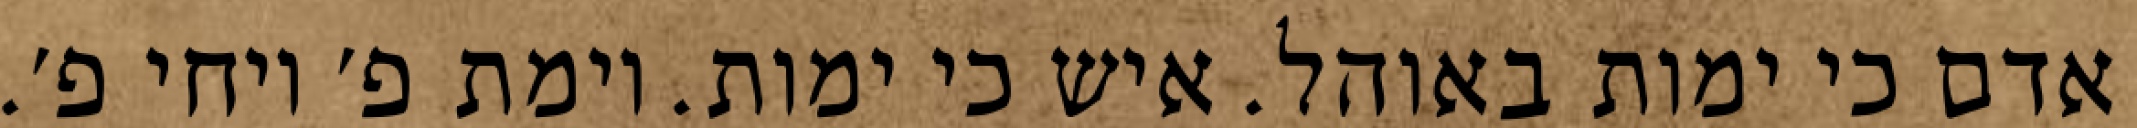
אדם כי ימות באוהל. איש כי ימות. וימת פ׳ ויחי פ׳.